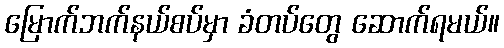
မြောက်ဘက်နယ်စပ်မှာ ခံတပ်တွေ ဆောက်ရမယ်။